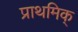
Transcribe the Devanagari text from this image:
प्राथमिक्